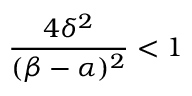
\frac { 4 \delta ^ { 2 } } { ( \beta - \alpha ) ^ { 2 } } < 1